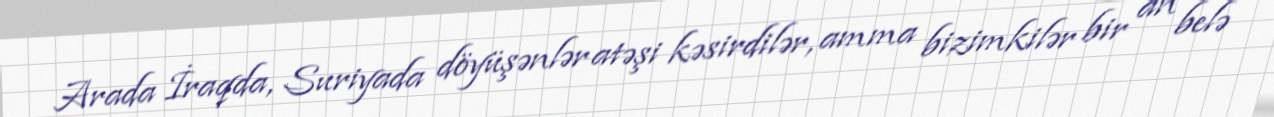
Arada İraqda, Suriyada döyüşənlər atəşi kəsirdilər, amma bizimkilər bir an belə